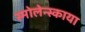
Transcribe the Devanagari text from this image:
स्मोलेन्स्काया